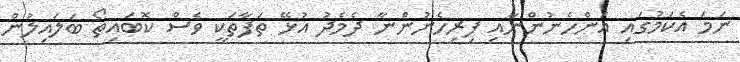
ނަމަ އެކަމުގައި އަންހެނުންނާއި ފިރިހެނުންނާ ދެމެދު އުޅޭ ތަފާތަކީ ވެސް ކޮބައިތޯ ބަލައިލުން